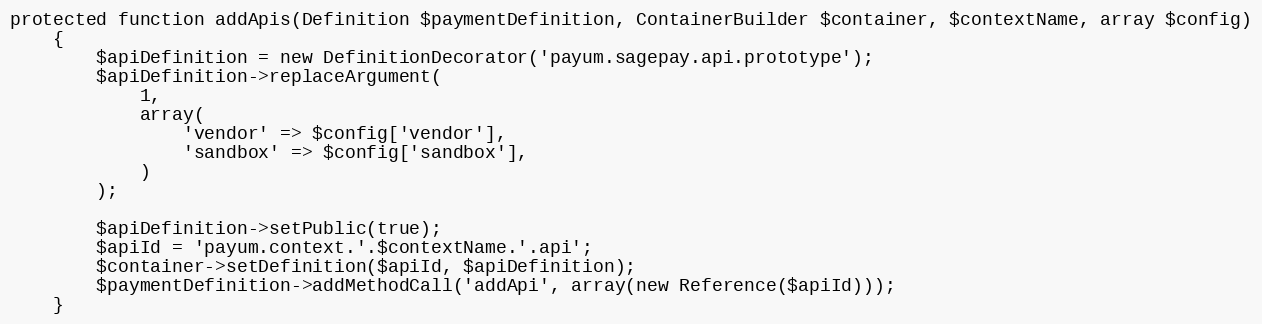
Language: PHP
protected function addApis(Definition $paymentDefinition, ContainerBuilder $container, $contextName, array $config)
    {
        $apiDefinition = new DefinitionDecorator('payum.sagepay.api.prototype');
        $apiDefinition->replaceArgument(
            1,
            array(
                'vendor' => $config['vendor'],
                'sandbox' => $config['sandbox'],
            )
        );

        $apiDefinition->setPublic(true);
        $apiId = 'payum.context.'.$contextName.'.api';
        $container->setDefinition($apiId, $apiDefinition);
        $paymentDefinition->addMethodCall('addApi', array(new Reference($apiId)));
    }